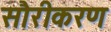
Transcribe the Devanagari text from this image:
सौरीकरण